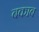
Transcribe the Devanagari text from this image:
बकाब